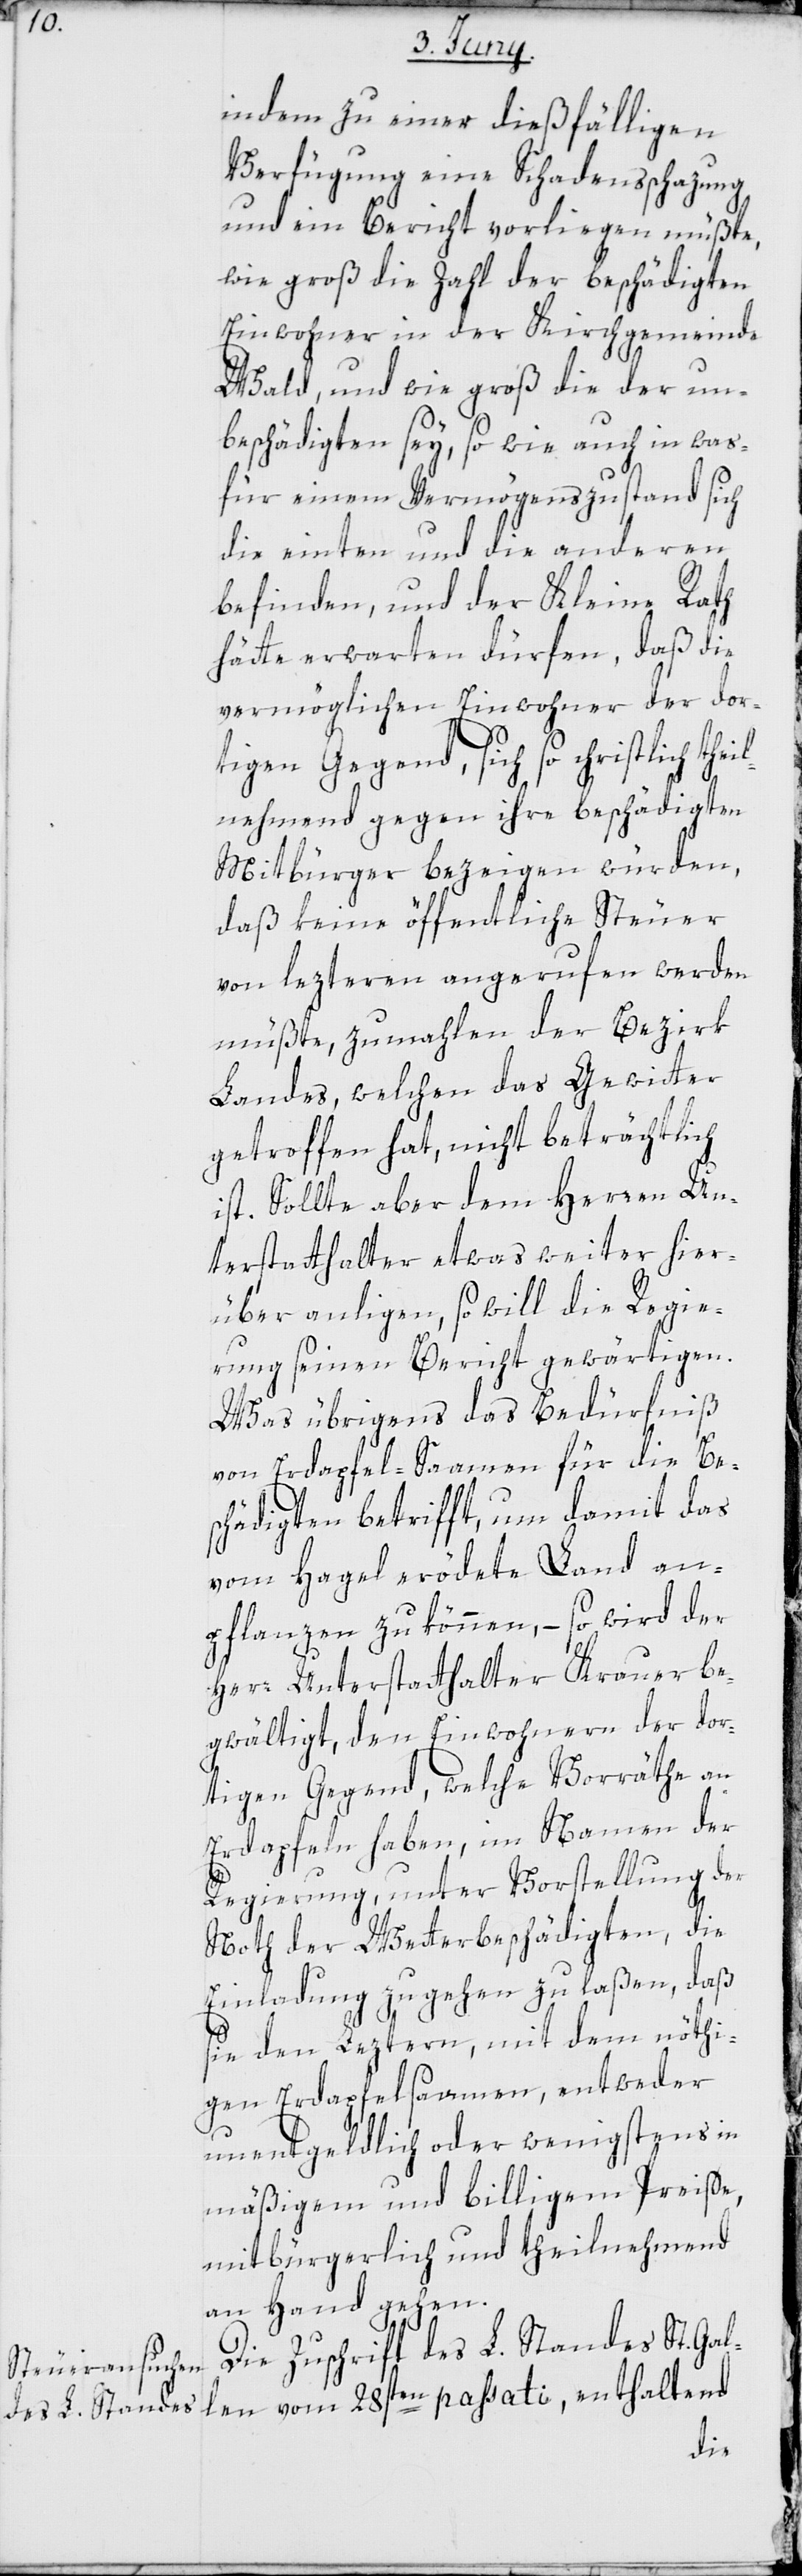
indem zu einer dießfälligen
Verfügung eine Schadensschazung
und ein Bericht vorliegen müßte,
wie groß die Zahl der beschädigten
Einwohner in der Kirchgemeinde
Wald, und wie groß die der un¬
beschädigten sey, so wie auch in was¬
für einem Vermögenszustand sich
die einten und die anderen
befinden, und der Kleine Rath
hätte erwarten dürfen, daß die
vermöglichen Einwohner der dor¬
tigen Gegend sich so christlich th¬
nehmend gegen ihre beschädigten
Mitbürger bezeigen würden,
daß keine öffentliche Steuer
von lezteren angerufen werden
müßte, zumahlen der Bezirk
Landes, welchen das Gewitter
getroffen hat, nicht beträchtlich
ist. Sollte aber dem Herren Un¬
terstatthalter etwas weiter hier¬
über anliegen, so will die Regie¬
rung seinen Bericht gewärtigen.
Was übrigens das Bedürfniß
von Erdapfel-Saamen für die Be¬
schädigten betrifft, um damit das
vom Hagel erödete Land an¬
pflanzen zu können, – so wird der
Herr Unterstatthalter Krauer be¬
gwältigt, den Einwohnern der dor¬
tigen Gegend, welche Vorräthe an
Erdapfeln haben, im Namen der
Regierung, unter Vorstellung der
Noth der Wetterbeschädigten, die
Einladung zugehen zu laßen, daß
sie den Lezteren, mit dem nöthi¬
gen Erdapfelsaamen, entweder
unentgeldlich oder wenigstens in
mäßigem und billigem Preise,
mitbürgerlich und theilnehmend
an Hand gehen.
Die Zuschrift des L. Standes St. Gal¬
len vom 28sten passati, enthaltend
eil¬